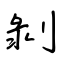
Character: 剝